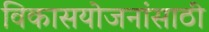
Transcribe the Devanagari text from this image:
विकासयोजनांसाठी